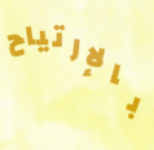
بالإرتياح